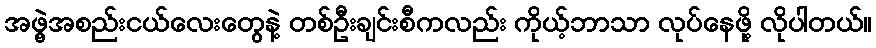
အဖွဲ့အစည်းငယ်လေးတွေနဲ့ တစ်ဦးချင်းစီကလည်း ကိုယ့်ဘာသာ လုပ်နေဖို့ လိုပါတယ်။